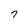
Character: 7